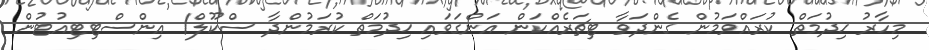
މިހާރު ޚިދުމަތް ކުރައްވަމުން ގެންދަވާ ޓިޗަރެއްކަން އަންގަވައި ޚިދުމަތް ކުރަމުންދާ ސްކޫލް/ އިންސްޓިޓިއުޓުން